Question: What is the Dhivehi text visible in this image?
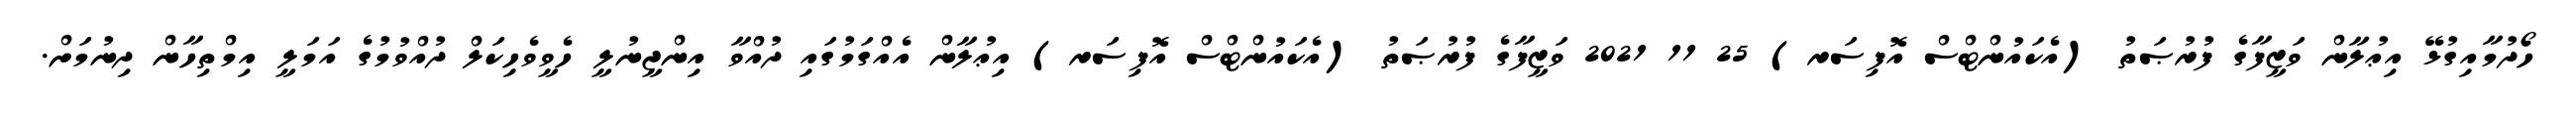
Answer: ހޯދުމާއިގުޅޭ އިޢުލާން ވަޒީފާގެ ފުރުޞަތު (އެކައުންޓްސް އޮފިސަރ) 25 11 2021 ވަޒީފާގެ ފުރުޞަތު (އެކައުންޓްސް އޮފިސަރ) އިޢުލާން އެއްގަމުގައި ދުއްވާ އިންޖީނުލީ ހެވީވެހިކަލް ދުއްވުމުގެ އަމަލީ އިމްތިހާން ދިނުމަށް.